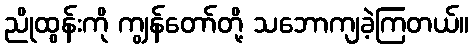
ညိုထွန်းကို ကျွန်တော်တို့ သဘောကျခဲ့ကြတယ်။